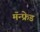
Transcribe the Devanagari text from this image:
मॅन्फ्रेड